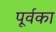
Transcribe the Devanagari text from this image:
पूर्वका